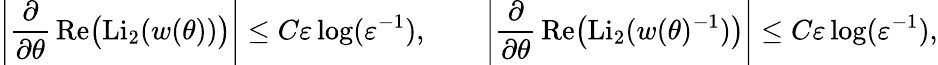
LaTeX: \left|\frac{\partial}{\partial\theta}\mathop{\mathrm{Re}}\bigl(\mathrm{Li}_{2}(w(\theta))\bigr)\right|\le C\varepsilon\log(\varepsilon^{-1}),\qquad\left|\frac{\partial}{\partial\theta}\mathop{\mathrm{Re}}\bigl(\mathrm{Li}_{2}(w(\theta)^{-1})\bigr)\right|\le C\varepsilon\log(\varepsilon^{-1}),